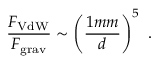
{ \frac { F _ { \mathrm { V d W } } } { F _ { \mathrm { g r a v } } } } \sim \left( { \frac { 1 { m m } } { d } } \right) ^ { 5 } \ .